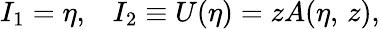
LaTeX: I_{1}=\eta,\; \; \; I_{2}\equiv U(\eta)=zA(\eta,\, z),